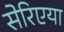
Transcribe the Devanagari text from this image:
सेरिएया